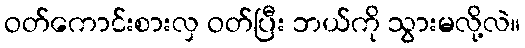
ဝတ်ကောင်းစားလှ ဝတ်ပြီး ဘယ်ကို သွားမလို့လဲ။